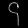
Digit: ၄